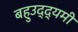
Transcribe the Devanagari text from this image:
बहुउद्द्यमी